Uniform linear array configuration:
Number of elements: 24
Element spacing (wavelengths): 1
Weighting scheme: binomial
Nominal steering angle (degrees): -30
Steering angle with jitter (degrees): -29.21
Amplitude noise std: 0.05
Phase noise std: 0.05

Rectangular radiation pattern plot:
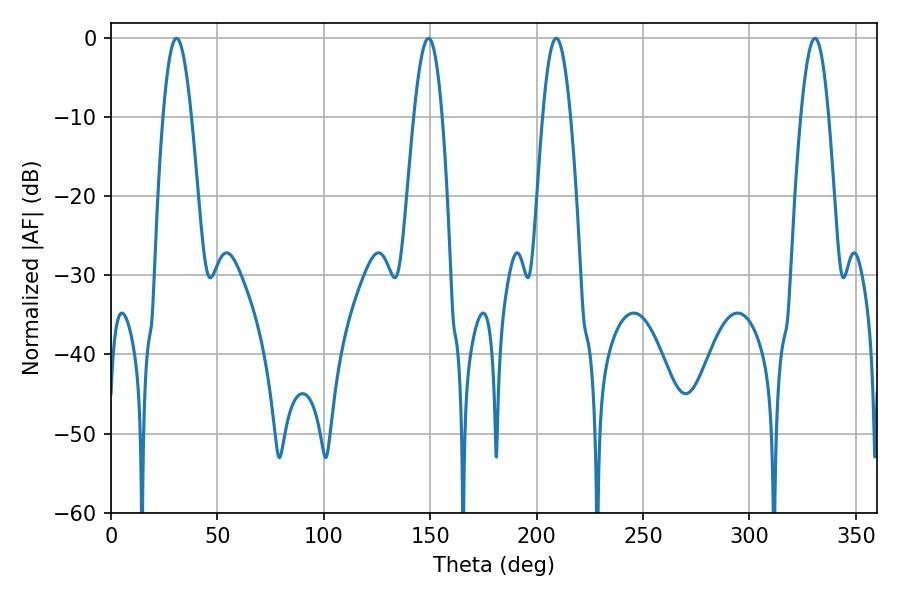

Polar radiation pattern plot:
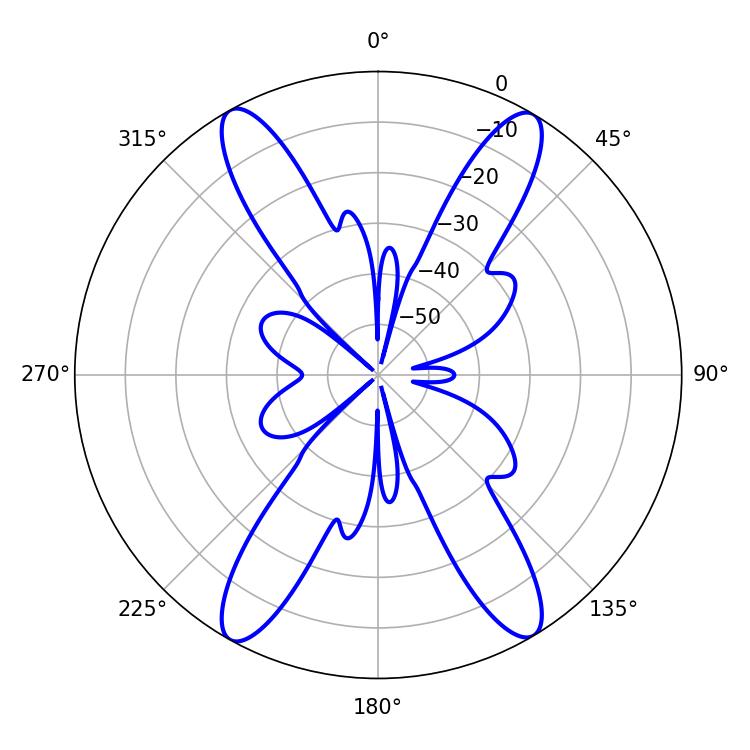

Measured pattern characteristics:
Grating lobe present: TRUE
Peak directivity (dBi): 23.068
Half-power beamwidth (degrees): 7.2
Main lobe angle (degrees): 30.78